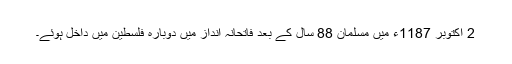
2 اکتوبر 1187ء میں مسلمان 88 سال کے بعد فاتحانہ انداز میں دوبارہ فلسطین میں داخل ہوئے۔